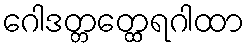
ဂေါဒတ္တတ္ထေရဂါထာ